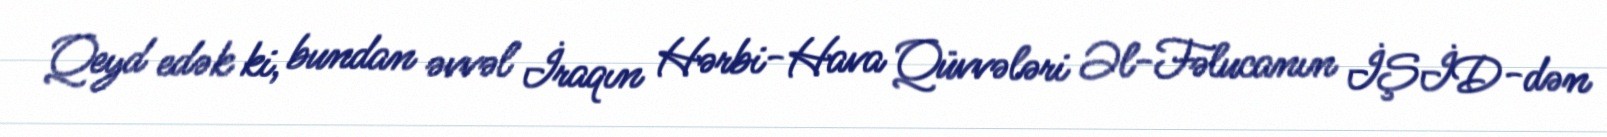
Qeyd edək ki, bundan əvvəl İraqın Hərbi-Hava Qüvvələri Əl-Fəlucanın İŞİD-dən